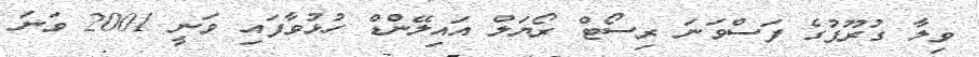
ވިލާ ގުރޫޕުގެ ފަސްވަނަ ރިސޯޓް ރޯޔަލް އައިލޭންޑް ހުޅުވާފައި ވަނީ 2001 ވަނަ